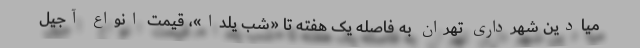
میادین شهرداری تهران به فاصله یک هفته تا «شب یلدا»، قیمت انواع آجیل